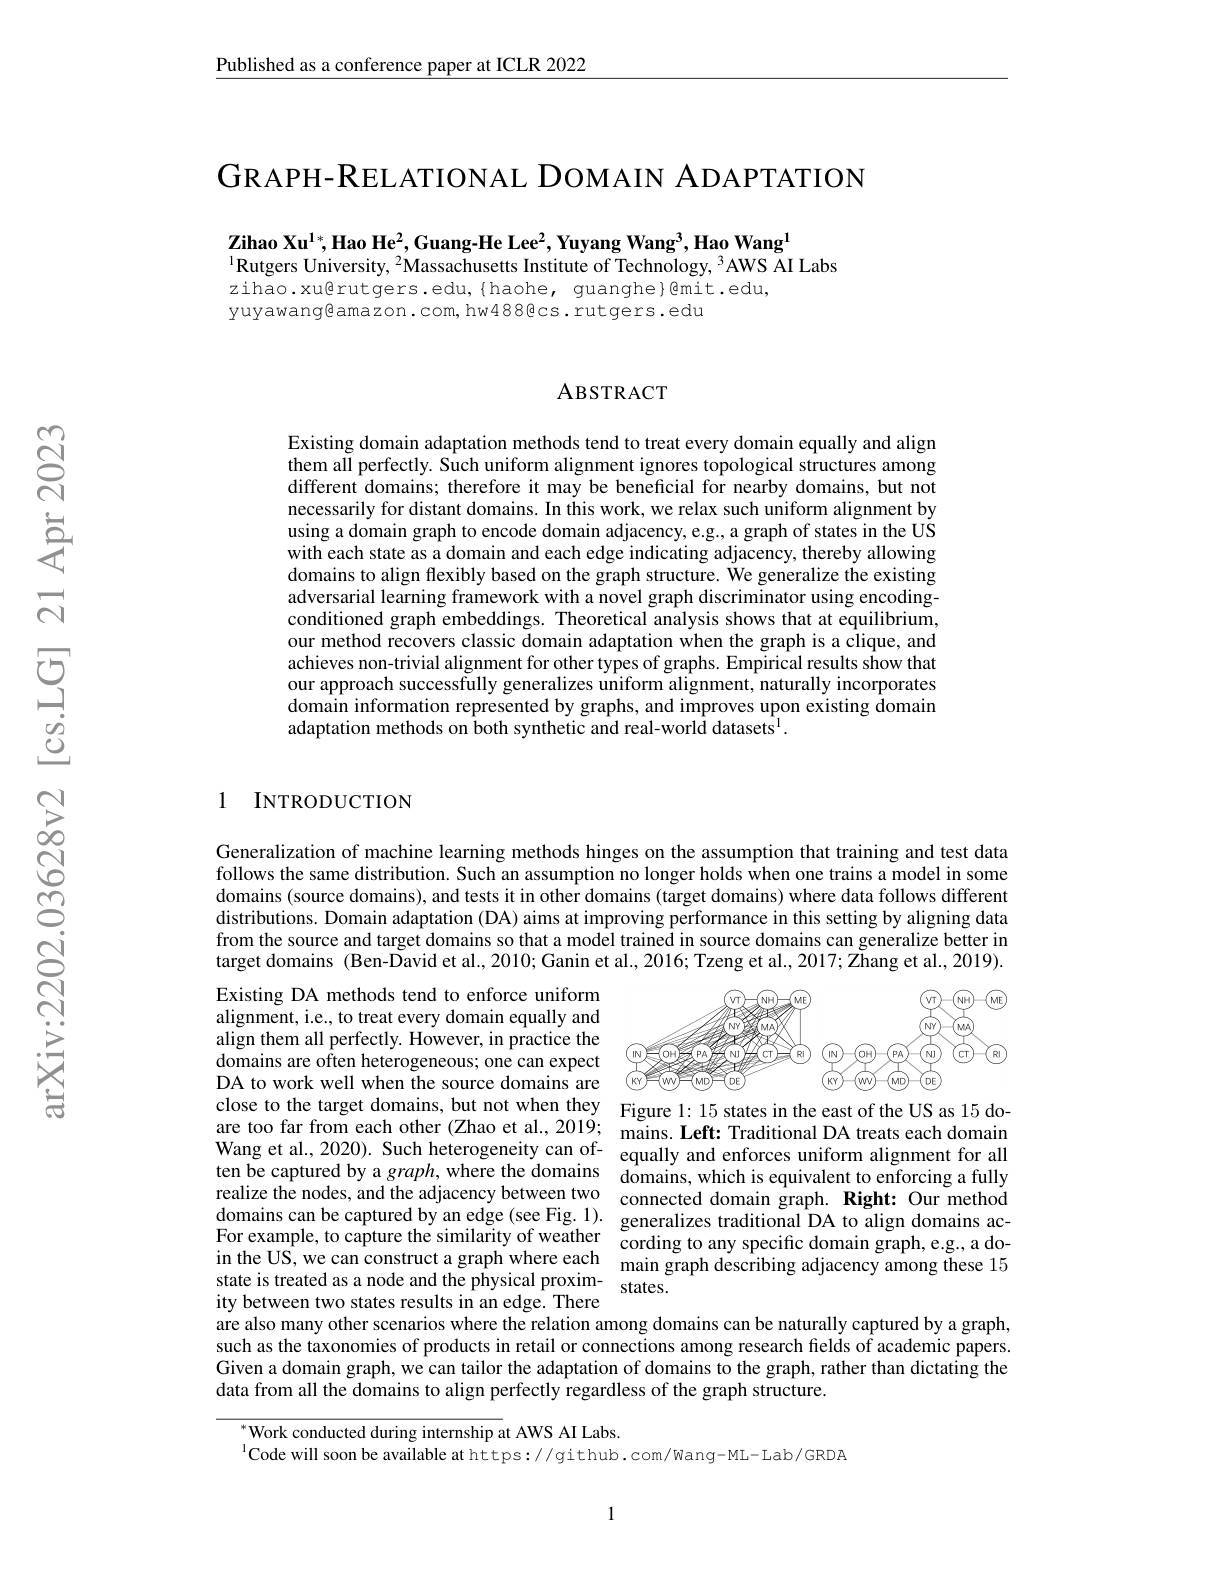
$\underline{\text{Published as a conference paper at ICLR 2022}}$

GRAPH-RELATIONAL DOMAIN ADAPTATION

$\mathbf{Z} \textbf{ihao Xu}^{1* }$,Hao He$^2$,Guang-He Lee$^2$,Yuyang Wang$^3$,Hao Wang$^1$
$^{1}$Rutgers University, $^2$Massachusetts Institute of Technology, $^3$AWS AI Labs
zihao.xu@rutgers.edu,{haohe, guanghe}@mit.edu,
yuyawangêamazon.com, hw488êcs. rutgers.edu

### ABSTRACT

Existing domain adaptation methods tend to treat every domain equally and align them all perfectly. Such uniform alignment ignores topological structures among different domains; therefore it may be beneficial for nearby domains, but not necessarily for distant domains. In this work, we relax such uniform alignment by using a domain graph to encode domain adjacency, e.g., a graph of states in the US with each state as a domain and each edge indicating adjacency, thereby allowing domains to align flexibly based on the graph structure. We generalize the existing adversarial learning framework with a novel graph discriminator using encodingconditioned graph embeddings. Theoretical analysis shows that at equilibrium, our method recovers classic domain adaptation when the graph is a clique, and achieves non-trivial alignment for other types of graphs. Empirical results show that our approach successfully generalizes uniform alignment, naturally incorporates domain information represented by graphs, and improves upon existing domain adaptation methods on both synthetic and real-world datasets$^{\mathrm{l}}.$

1 INTRODUCTION

Generalization of machine learning methods hinges on the assumption that training and test data follows the same distribution. Such an assumption no longer holds when one trains a model in some domains (source domains), and tests it in other domains (target domains) where data follows different distributions. Domain adaptation (DA) aims at improving performance in this setting by aligning data from the source and target domains so that a model trained in source domains can generalize better in target domains (Ben-$\tilde{\text{Davidetal.,2010;Ganinetal.,2016;Tzengetal.,2017;Zhangetal.,2019)}.}$

<FigureHere>
close to the target domains, but not when they Figure 1: 15 states in the east of the US as 15 do-

Existing DA methods tend to enforce uniform alignment, i.e., to treat every domain equally and align them all perfectly. However, in practice the domains are often heterogeneous; one can expect DA to work well when the source domains are are too far from each other (Zhao et al., 2019; mains. Left: Traditional DA treats each domain Wang et al., 2020). Such heterogeneity can of- equally and enforces uniform alignment for all ten be captured by a graph, where the domains domains, which is equivalent to enforcing a fully realize the nodes, and the adjacency between two connected domain graph. Right: Our method domains can be captured by an edge ( see Fig. 1) . generalizes traditional DA to align domains ac- For example, to capture the similarity of weathercording to any specific domain graph, e. g. . a do- in the JIS wa con ontrut a ranb vhara coch in the US, we can construct a graph where each main graph describing adjacency among these 15 state is treated as a node and the physical proxim- states.
ity between two states results in an edge. There
are also many other scenarios where the relation among domains can be naturally captured by a graph, such as the taxonomies of products in retail or connections among research fields of academic papers. Given a domain graph, we can tailor the adaptation of domains to the graph, rather than dictating the data from all the domains to align perfectly regardless of the graph structure.

Work conducted during internship at AWS AI Labs.
$^{1}$Code will soon be available at https://github.com/wang-ML-Lab/GRDA

1